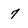
Character: 7